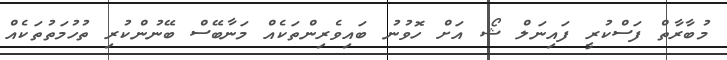
މުބާރާތް ފަސްކުރީ ފައިނަލް ޝޯ އަށް ހޮވުނު ބައިވެރިންތަކެއް މަނާބޭސް ބޭނުންކުރި ތުހުމަތުތަކެއް